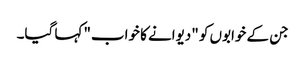
جن کے خوابوں کو "دیوانے کا خواب" کہا گیا۔